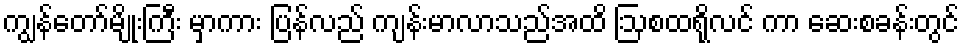
ကျွန်တော်မျိုးကြီး မှာကား ပြန်လည် ကျန်းမာလာသည်အထိ ဩစထရိုလင် ကာ ဆေးစခန်းတွင်